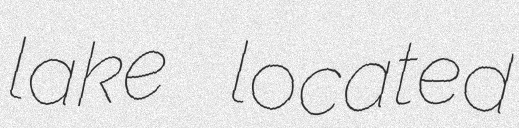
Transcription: lake located